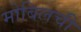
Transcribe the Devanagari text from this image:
मोबिलची